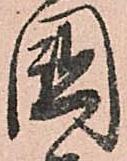
國